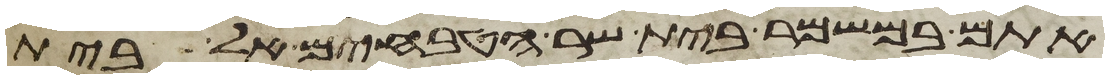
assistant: אתם במשמר בית שר הטבחים אל בית